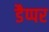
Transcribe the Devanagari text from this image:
डैप्पर